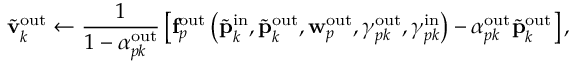
\widetilde { \mathbf { v } } _ { k } ^ { \mathrm { o u t } } \gets \frac { 1 } { 1 - \alpha _ { p k } ^ { \mathrm { o u t } } } \left[ \mathbf { f } _ { p } ^ { \mathrm { o u t } } \left( \widetilde { \mathbf { p } } _ { k } ^ { \mathrm { i n } } , \widetilde { \mathbf { p } } _ { k } ^ { \mathrm { o u t } } , \mathbf { w } _ { p } ^ { \mathrm { o u t } } , \gamma _ { p k } ^ { \mathrm { o u t } } , \gamma _ { p k } ^ { \mathrm { i n } } \right) - \alpha _ { p k } ^ { \mathrm { o u t } } \widetilde { \mathbf { p } } _ { k } ^ { \mathrm { o u t } } \right] ,